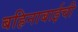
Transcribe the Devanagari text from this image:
बहिनाबाईची